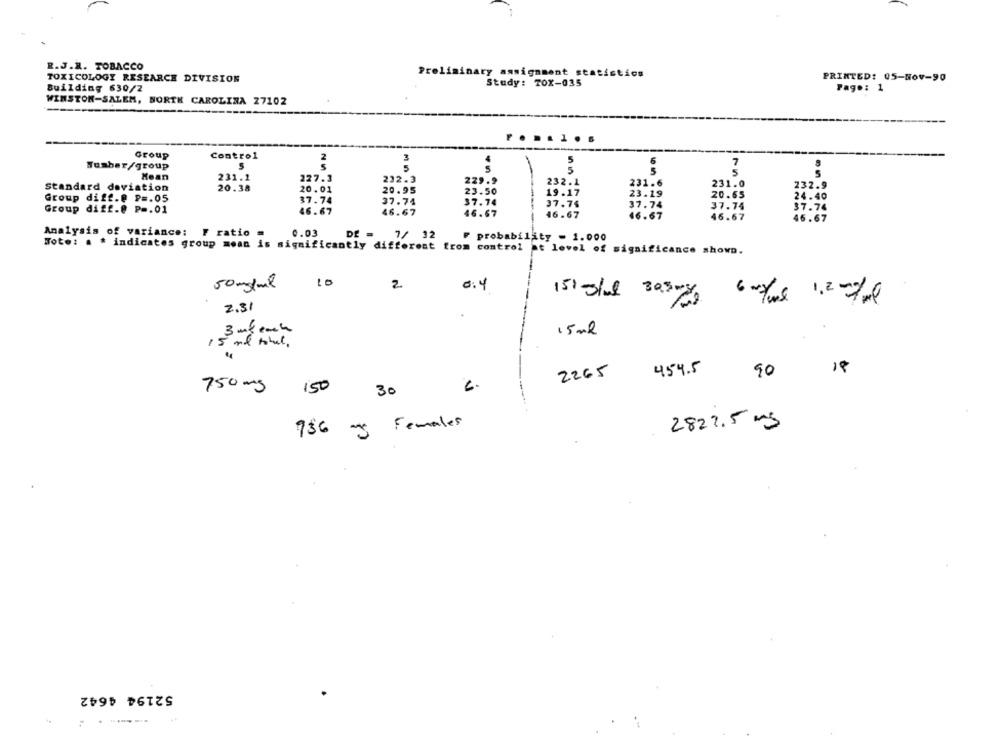
R.J.R. TOBACCO
Preliminary assignment statistics
TOXICOLOGY RESEARCH DIVISION
Study: TOX-035
PRINTED: 05-Nov-90
Building 630/2
Page: 1
WINSTON-SALEM, NORTH CAROLINA 27102
.......
Group
Control
2
3
5
6
7
Tushar/group
5
5
5
5
Mean
231.1
227.3
232-3
229.9
5
232.1
231.6
231.0
232.9
Standard deviation
20.38
20.01
20.95
23.50
19.17
23.19
Group diff.@ P =. 05
37.74
37.74
37.74
20.65
24.40
37.74
37.74
37.74
37.74
Group diff.@ P =. 01
46.67
46.67
46.67
46.67
46.67
46.67
46.67
Analysis of variance: F ratio =
0.03
7/ 32
F probability - 1.000
Foto: . * indicates group mean is significantly different from control at level of significance shown.
10
50 mg/ml
2
0:4
1515/we Bagry
2.31
3 mg each
15 ml
15 ml total .
2265
454.5
18
90
750 mg
150
30
6.
2822.5 mg
736 mg Females
52194 4642